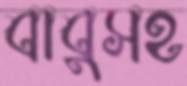
বাবুসহ